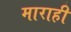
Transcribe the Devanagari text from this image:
माराही